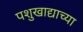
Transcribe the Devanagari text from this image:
पशुखाद्याच्या